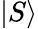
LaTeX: |S\rangle